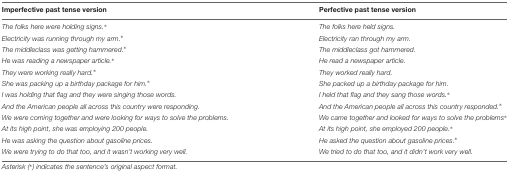
| Imperfective past tense version | Perfective past tense version |
 | --- | --- |
 | The folks here were holding signs.∗ | The folks here held signs. |
 | Electricity was running through my arm.∗ | Electricity ran through my arm. |
 | The middleclass was getting hammered.∗ | The middleclass got hammered. |
 | He was reading a newspaper article.∗ | He read a newspaper article. |
 | They were working really hard.∗ | They worked really hard. |
 | She was packing up a birthday package for him.∗ | She packed up a birthday package for him. |
 | I was holding that flag and they were singing those words. | I held that flag and they sang those words.∗ |
 | And the American people all across this country were responding. | And the American people all across this country responded.∗ |
 | We were coming together and were looking for ways to solve the problems. | We came together and looked for ways to solve the problems∗ |
 | At its high point, she was employing 200 people. | At its high point, she employed 200 people.∗ |
 | He was asking the question about gasoline prices. | He asked the question about gasoline prices.∗ |
 | We were trying to do that too, and it wasn’t working very well. | We tried to do that too, and it didn’t work very well. |